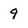
Character: 9